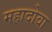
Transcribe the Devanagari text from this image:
महादोवा